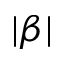
| \beta |